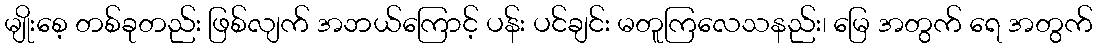
မျိုးစေ့ တစ်ခုတည်း ဖြစ်လျက် အဘယ်ကြောင့် ပန်း ပင်ချင်း မတူကြလေသနည်း၊ မြေ အတွက် ရေ အတွက်